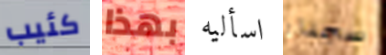
كئيب بهذا اسأليه سجناء